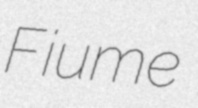
Fiume